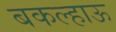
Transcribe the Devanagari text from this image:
बकल्हाऊ